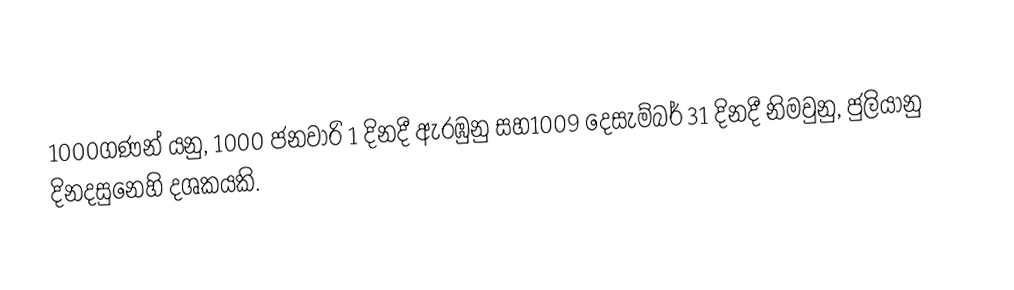
1000ගණන් යනු, 1000 ජනවාරි 1 දිනදී ඇරඹුනු සහ1009 දෙසැම්බර් 31 දිනදී නිමවුනු, ජුලියානු දිනදසුනෙහි දශකයකි.